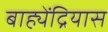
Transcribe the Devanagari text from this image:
बाह्येंद्रियास